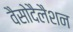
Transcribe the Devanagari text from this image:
वैसोदैलैशन